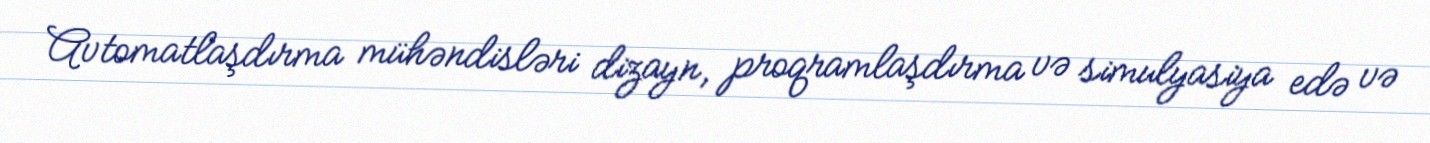
Avtomatlaşdırma mühəndisləri dizayn, proqramlaşdırma və simulyasiya edə və